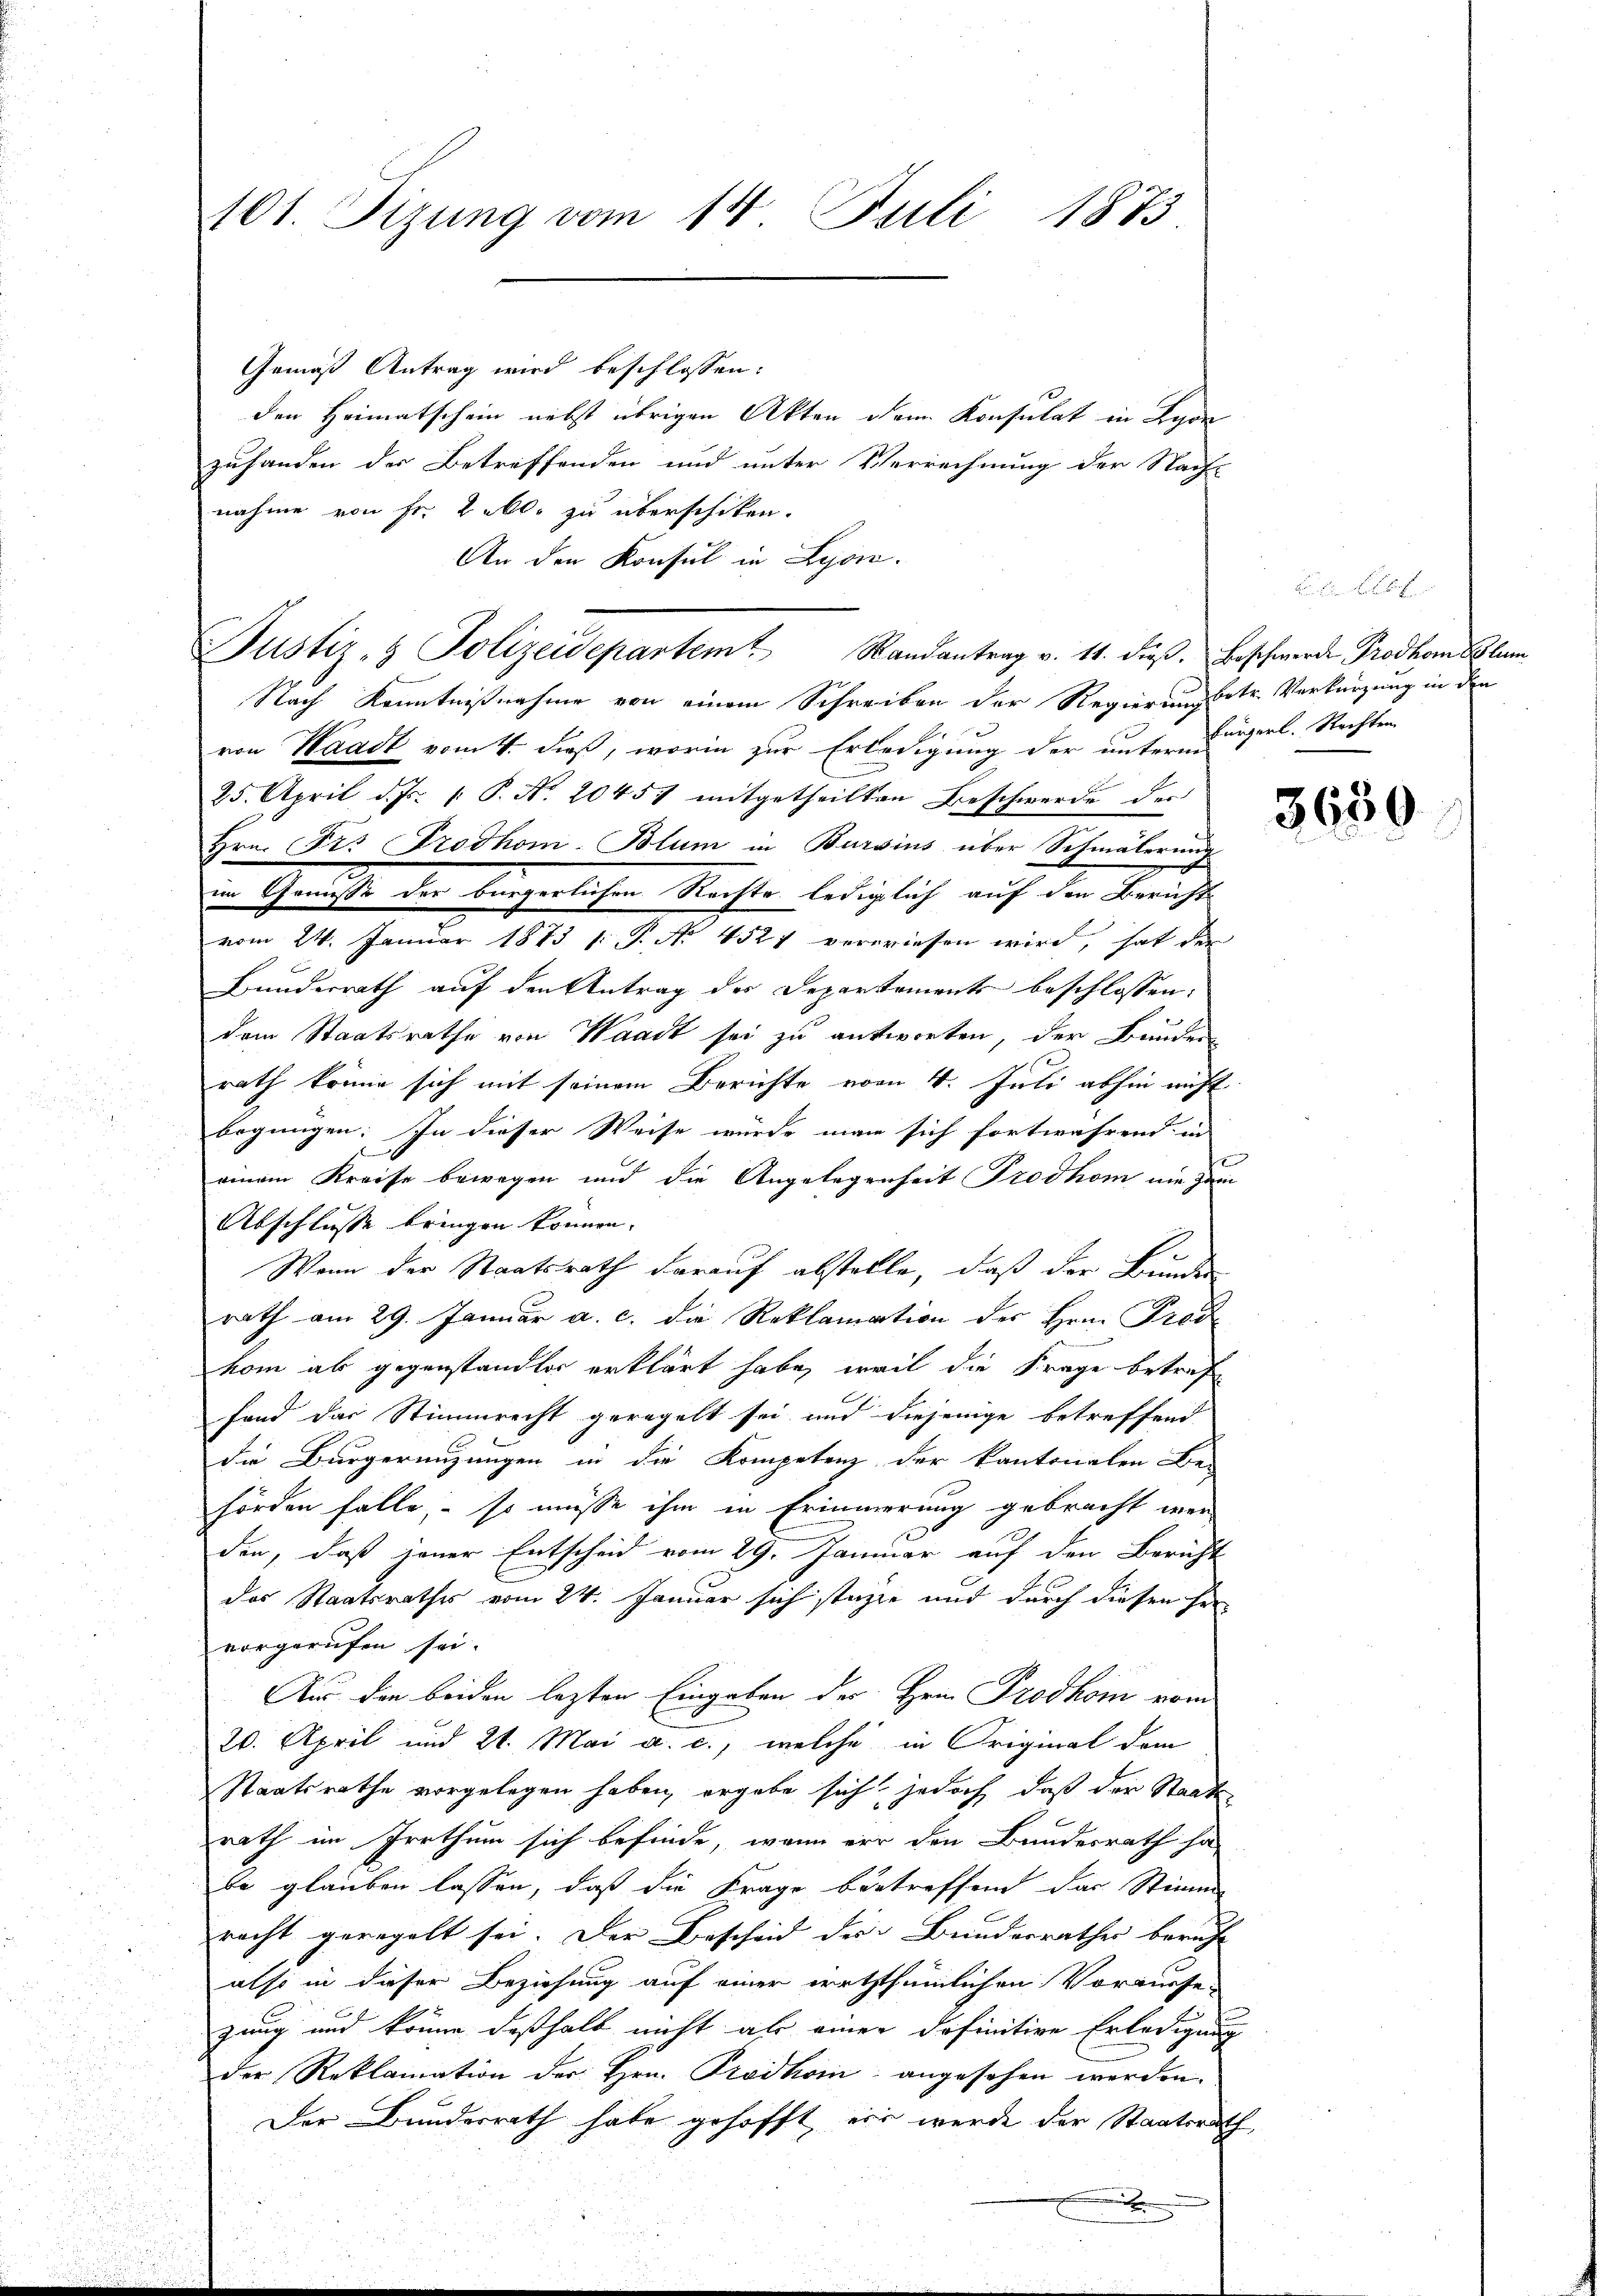
101. Sizung vom 14. Juli 1873

Gemäß Antrag wird beschlossen:
den Heimatschein nebst übrigen Akten dem Konsulat in Lyon
zuhanden der Betreffenden und unter Verrechnung der Nach-
nahme von Fr. 2 kl. zu überschiken.
An den Konsul in Lyon.
Justiz- & Polizeidepartem Randantrag v. 11. dieβ. Beschwerde Prodhom Blum
Nach Kenntnißnahme von einem Schreiben der Regierung betr. Verkürzung in den
von Waadt vom 4. dieß, worin zur Erledigung der unter Bürgerl. Rechten
25. April d. Js. [ P. Nr. 20457 mitgetheilten Beschwerde der
Hrn. Frs Prodhom-Blum in Bursius über Schmälerung
in Genisse der bürgerlichen Rechte lediglich auf den Bericht
vom 24. Januar 1873 /: P. Nr. 4521 verwiesen wird, hat den
Bunderrath auf den Antrag des Departements beschlossen:
dem Staatsrathe von Waadt sei zu antworten, der Bunden
rath könne sich mit seinem Berichte vom 4. Juli abhin nicht
.
begnügen: In dieser Weise wurde man sich fortwährend in
einem Kreise bewegen und die Angelegenheit Trodhom nie zum
Abschliesse bringen können.
Wenn der Staatsrath darauf abstelle, daß der Bundes
rath am 29. Januar a. c. die Reklamation des Hrn. Prode
kom ab gegenstandlos erklärt habe, weil die Frage betref
fand das Stimmrecht geregelt sei und diejenige betreffend
die Bürgeringungen in die Kompetenz, der kantonalen Be-
hörden falle, – so müsse ihm in Erinnerung gebracht wer
den, daß jener Entscheid vom 29. Januar auf den Bericht
das Staatsrathes vom 24. Januar sich statte und durch diesen her
vorgerufen sei.
Aus den beiden lezten Eingaben der Hrn. Prodkom vom
20. April und 21. Mai a. c., welche in Original dem
Staatsrathe vorgelegen haben, ergebe sich jedoch, daß der Staats
rath im Irrthum sich befinde, wenn er den Bundesrath ha
be glauben lassen, daß die Frage betreffend das Stimm-
recht geregelt sei. Der Bescheid der Bunderrathes beruht
also in dieser Beziehung auf einer erththümlichen Vorwieses
zung und könne deßhalb nicht als einer definitive Erledigung
der Reklamation der Hrn. Prodkom angesehen werden.
Der Bundesrath habe gehofft ein werde der Staatsrath
.

3630